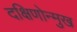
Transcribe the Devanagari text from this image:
दक्षिणोन्मुख